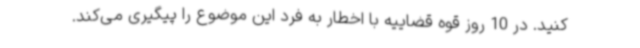
کنید. در 10 روز قوه قضاییه با اخطار به فرد این موضوع را پیگیری می‌کند.